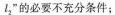
l_{2}，”的必要不充分条件：